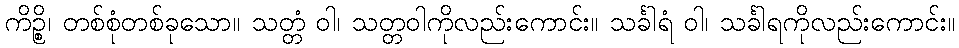
ကိဉ္စိ၊ တစ်စုံတစ်ခုသော။ သတ္တံ ဝါ၊ သတ္တဝါကိုလည်းကောင်း။ သင်္ခါရံ ဝါ၊ သင်္ခါရကိုလည်းကောင်း။